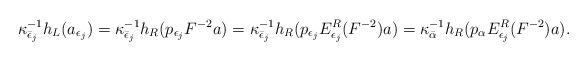
LaTeX: \begin{align*} \kappa_{\bar\epsilon_j}^{-1} h_L(a_{\epsilon_j}) = \kappa_{\bar\epsilon_j}^{-1} h_R(p_{\epsilon_j}F^{-2}a) = \kappa_{\bar\epsilon_j}^{-1} h_R(p_{\epsilon_j}E^R_{\epsilon_j}(F^{-2})a) = \kappa_{\bar\alpha}^{-1} h_R(p_\alpha E^R_{\epsilon_j}(F^{-2})a) . \end{align*}